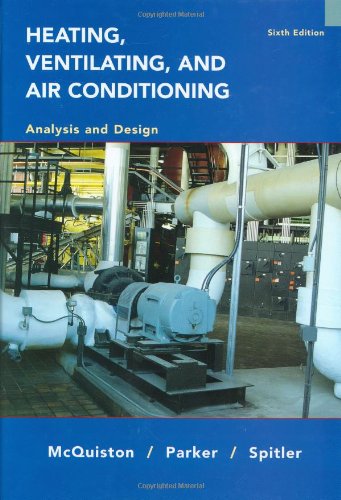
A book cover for Heating, Ventilating and Air Conditioning Analysis and Design; Faye C. McQuiston; Science & Math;